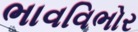
ભાવવિભોર